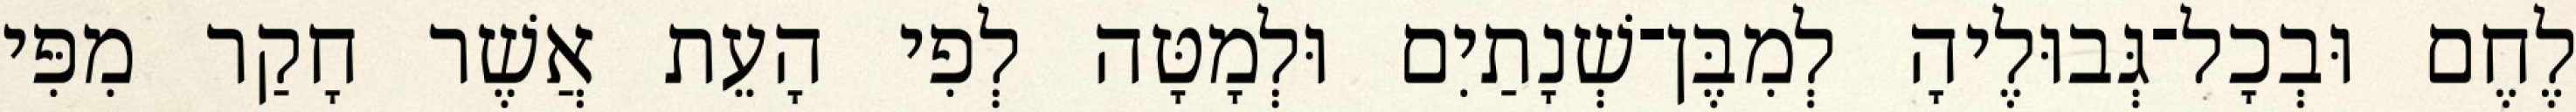
לֶחֶם וּבְכָל־גְּבוּלֶיהָ לְמִבֶּן־שְׁנָתַיִם וּלְמָטָּה לְפִי הָעֵת אֲשֶׁר חָקַר מִפִּי